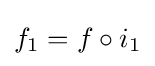
f_{1}=f\circ i_{1}